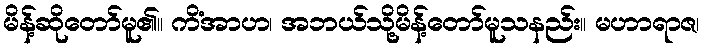
မိန့်ဆိုတော်မူ၏။ ကိံအာဟ၊ အဘယ်သို့မိန့်တော်မူသနည်း။ မဟာရာဇ၊